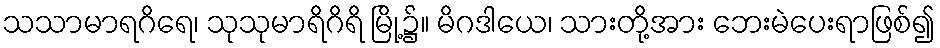
သသာမာရဂိရေ၊ သုသုမာရိဂိရိ မြို့၌။ မိဂဒါယေ၊ သားတို့အား ဘေးမဲပေးရာဖြစ်၍